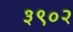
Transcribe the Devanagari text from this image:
३९०२